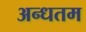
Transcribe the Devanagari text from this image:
अन्धतम